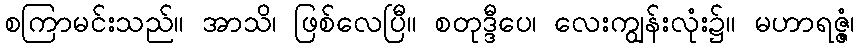
စကြာမင်းသည်။ အာသိ၊ ဖြစ်လေပြီ။ စတုဒ္ဒီပေ၊ လေးကျွန်းလုံး၌။ မဟာရဇ္ဇံ၊